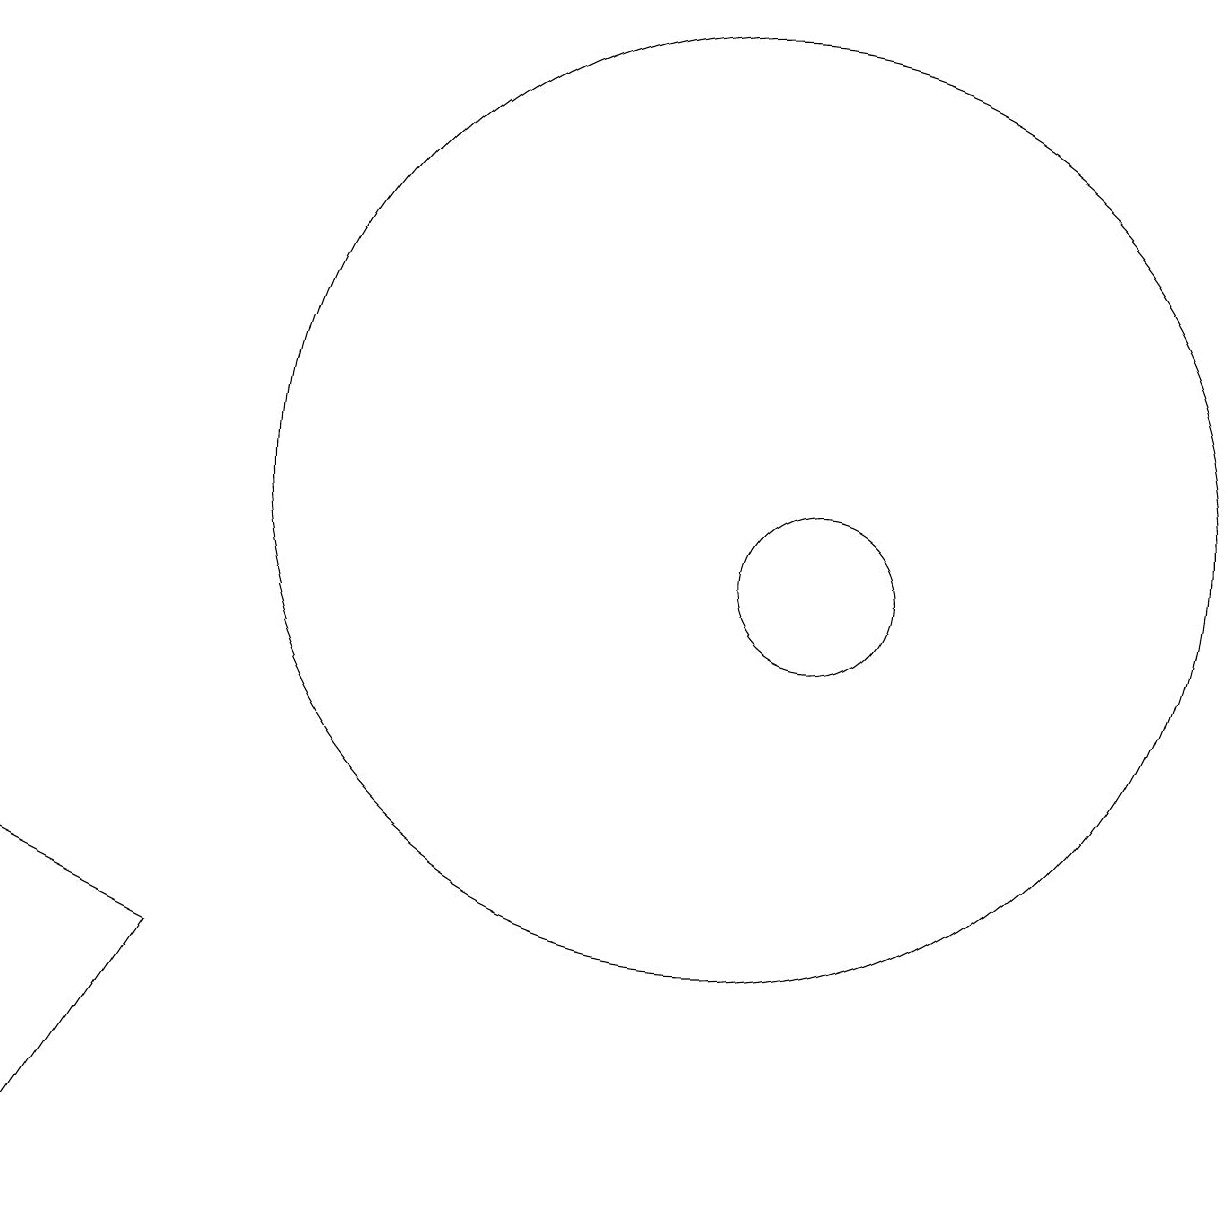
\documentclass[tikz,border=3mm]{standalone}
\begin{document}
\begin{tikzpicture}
\draw (1,6) -- (1,2) -- (3,5) -- cycle;
\draw (11,10) circle (1);
\draw (10,11) circle (6);
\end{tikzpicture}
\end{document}